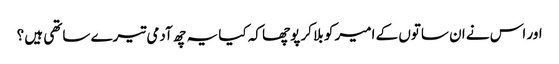
اور اس نے ان ساتوں کے امیر کو بلا کر پوچھا کہ کیا یہ چھ آدمی تیرے ساتھی ہیں ؟